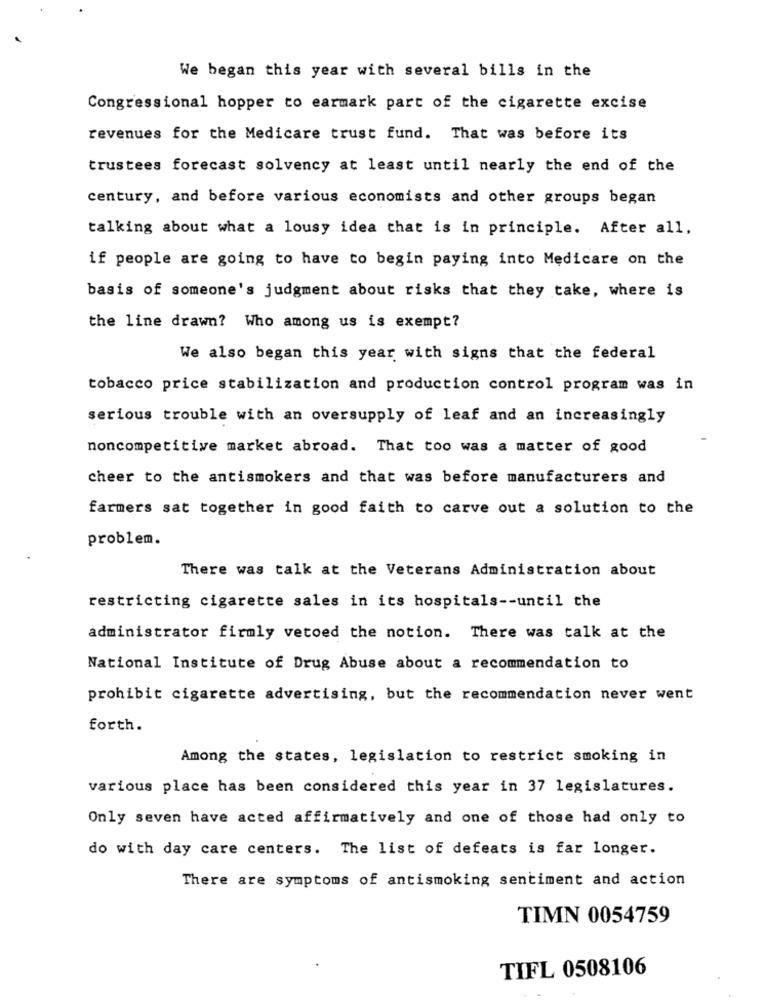
We began this year with several bills in the
Congressional hopper to earmark part of the cigarette excise
revenues for the Medicare trust fund. That was before its
trustees forecast solvency at least until nearly the end of the
century, and before various economists and other groups began
talking about what a lousy idea that is in principle. After all,
if people are going to have to begin paying into Medicare on the
basis of someone's judgment about risks that they take, where is
the line drawn? Who among us is exempt?
We also began this year with signs that the federal
tobacco price stabilization and production control program was in
serious trouble with an oversupply of leaf and an increasingly
noncompetitive market abroad. That too was a matter of good
cheer to the antismokers and that was before manufacturers and
farmers sat together in good faith to carve out a solution to the
problem.
There was talk at the Veterans Administration about
restricting cigarette sales in its hospitals -- until the
administrator firmly vetoed the notion. There was talk at the
National Institute of Drug Abuse about a recommendation to
prohibit cigarette advertising, but the recommendation never went
forth.
Among the states, legislation to restrict smoking in
various place has been considered this year in 37 legislatures.
Only seven have acted affirmatively and one of those had only to
do with day care centers. The list of defeats is far longer.
There are symptoms of antismoking sentiment and action
TIMN 0054759
TIFL 0508106